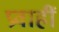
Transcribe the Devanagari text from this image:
प्रवाहीं